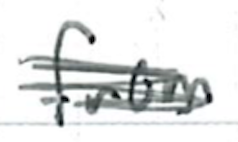
Text: from
Cross-out: scratch
Writing tool: ballpoint